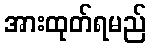
အားထုတ်ရမည်